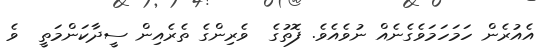
އެއުރެން ހަމަހަމަވެގެނެއް ނުވެއެވެ. ފޮތުގެ  ވެރިންގެ ތެރެއިން ސީދާކަންމަތީ  ވެ